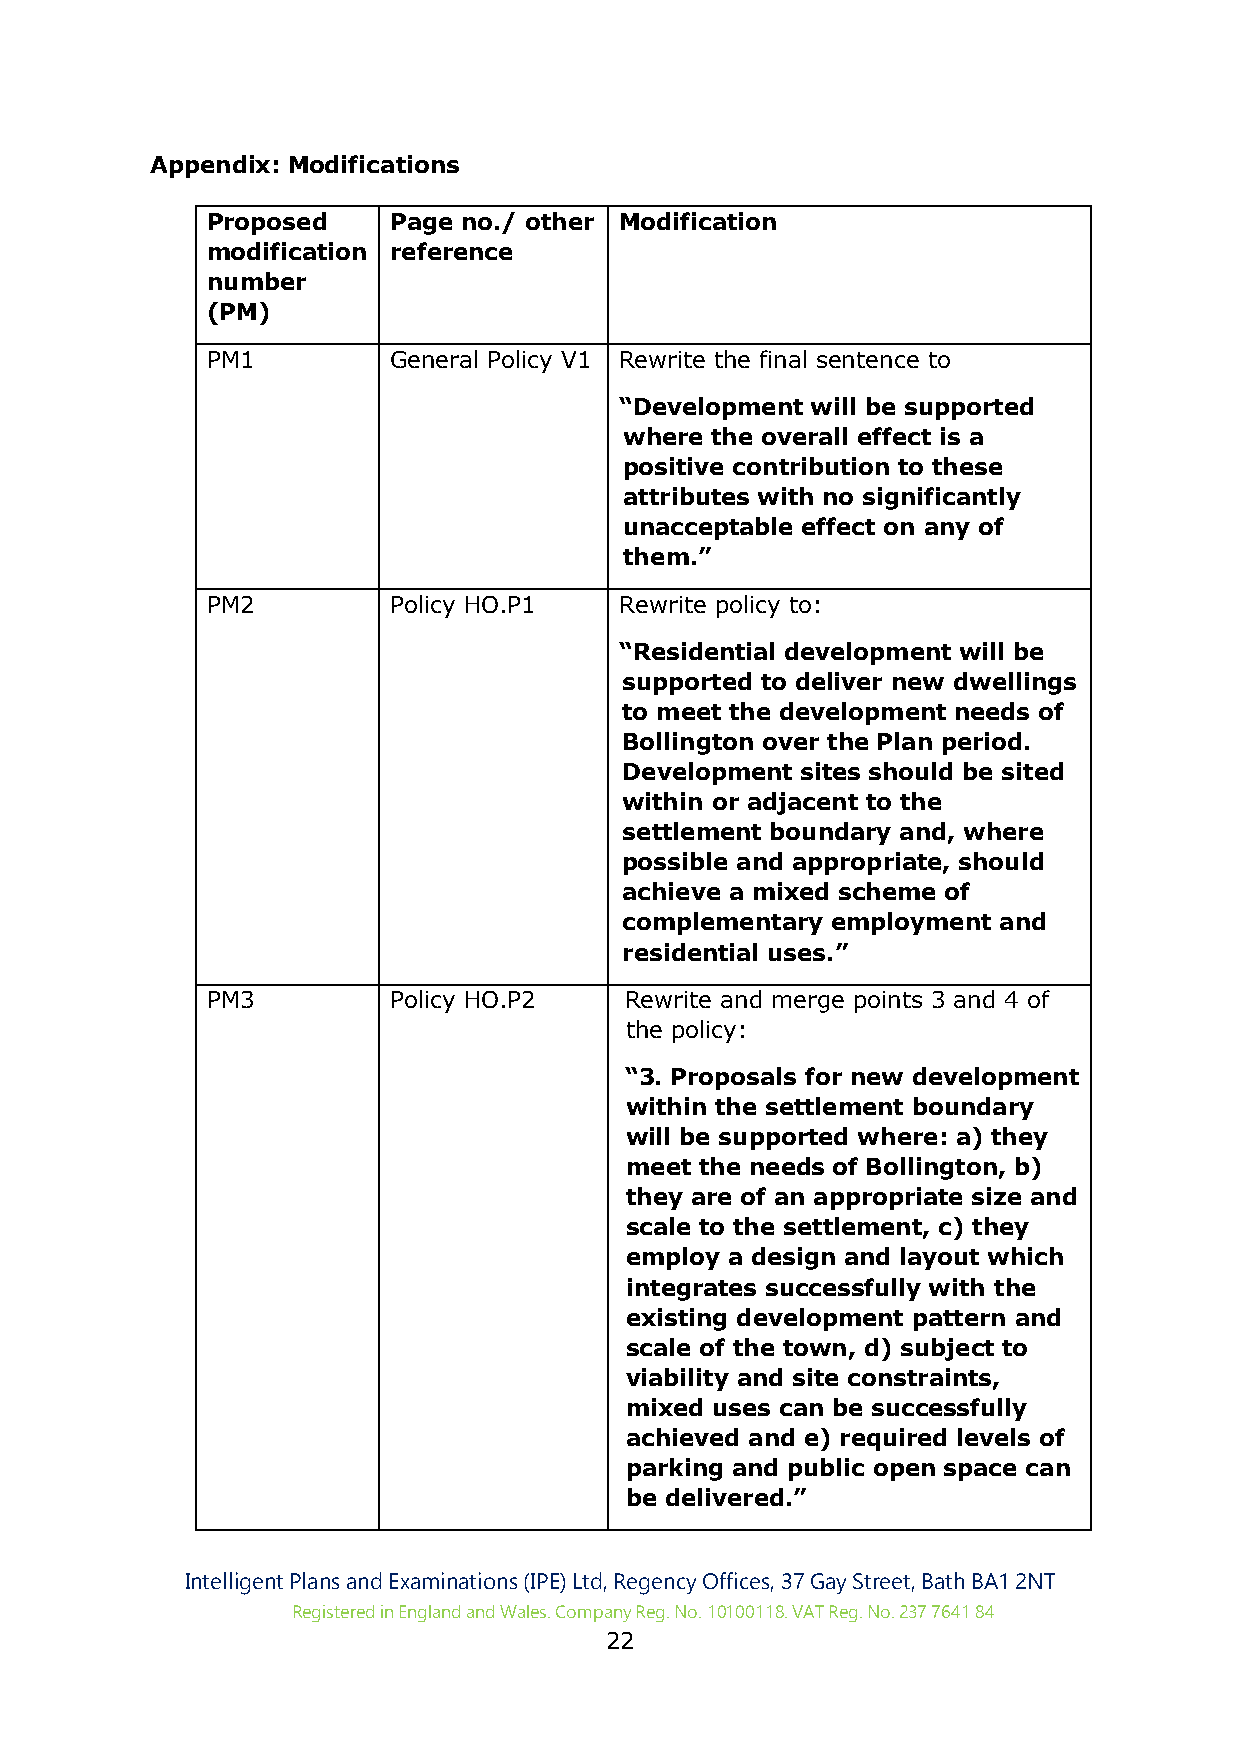
Appendix: Modifications
 Proposed    Page no./ other Modification
 modification reference
 number
 (PM)
 PM1         General Policy V1 Rewrite the final sentence to
 “Development will be supported
 where the overall effect is a
 positive contribution to these
 attributes with no significantly
 unacceptable effect on any of
 them.”
 PM2         Policy HO.P1   Rewrite policy to:
 “Residential development will be
 supported to deliver new dwellings
 to meet the development needs of
 Bollington over the Plan period.
 Development sites should be sited
 within or adjacent to the
 settlement boundary and, where
 possible and appropriate, should
 achieve a mixed scheme of
 complementary employment and
 residential uses.”
 PM3         Policy HO.P2   Rewrite and merge points 3 and 4 of
 the policy:
 “3. Proposals for new development
 within the settlement boundary
 will be supported where: a) they
 meet the needs of Bollington, b)
 they are of an appropriate size and
 scale to the settlement, c) they
 employ a design and layout which
 integrates successfully with the
 existing development pattern and
 scale of the town, d) subject to
 viability and site constraints,
 mixed uses can be successfully
 achieved and e) required levels of
 parking and public open space can
 be delivered.”
 Intelligent Plans and Examinations (IPE) Ltd, Regency Offices, 37 Gay Street, Bath BA1 2NT
 Registered in England and Wales. Company Reg. No. 10100118. VAT Reg. No. 237 7641 84
 22